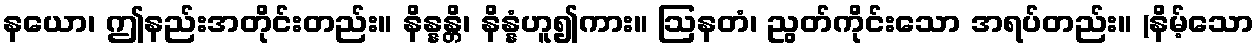
နယော၊ ဤနည်းအတိုင်းတည်း။ နိန္နန္တိ၊ နိန္နံဟူ၍ကား။ ဩနတံ၊ ညွတ်ကိုင်းသော အရပ်တည်း။ (နိမ့်သော